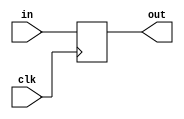
module D_flipflop_with_initial (clk,in,out);

	input in,clk;
	output out;
	reg out;
	
	initial 
		out=0;
		
	
	always@(posedge clk)
		out<=in;
	
	endmodule